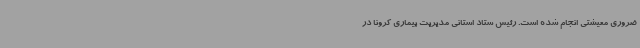
ضروری معیشتی انجام شده است. رئیس ستاد استانی مدیریت بیماری کرونا در